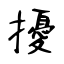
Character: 擾